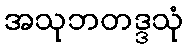
အသုဘတဒ္ဒသုံ